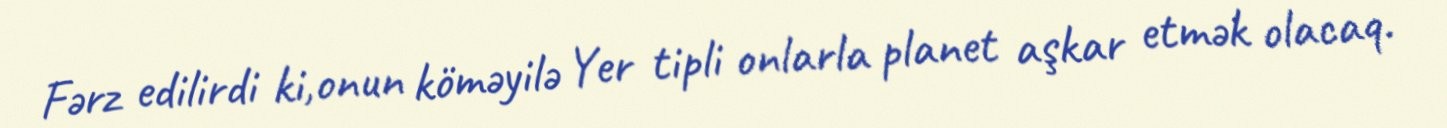
Fərz edilirdi ki,onun köməyilə Yer tipli onlarla planet aşkar etmək olacaq.